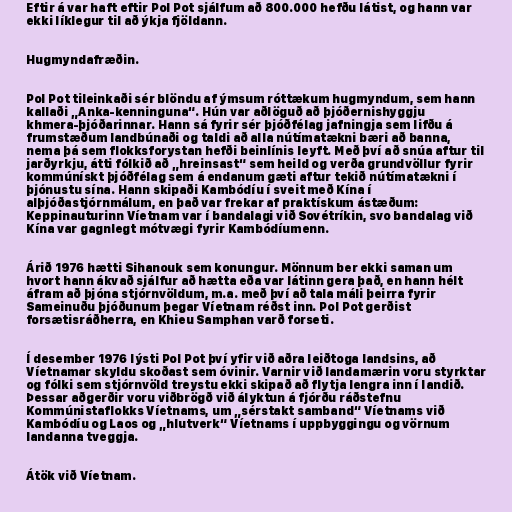
Eftir á var haft eftir Pol Pot sjálfum að 800.000 hefðu látist, og hann var
ekki líklegur til að ýkja fjöldann.

Hugmyndafræðin.

Pol Pot tileinkaði sér blöndu af ýmsum róttækum hugmyndum, sem hann
kallaði „Anka-kenninguna“. Hún var aðlöguð að þjóðernishyggju
khmera-þjóðarinnar. Hann sá fyrir sér þjóðfélag jafningja sem lifðu á
frumstæðum landbúnaði og taldi að alla nútímatækni bæri að banna,
nema þá sem flokksforystan hefði beinlínis leyft. Með því að snúa aftur til
jarðyrkju, átti fólkið að „hreinsast“ sem heild og verða grundvöllur fyrir
kommúnískt þjóðfélag sem á endanum gæti aftur tekið nútímatækni í
þjónustu sína. Hann skipaði Kambódíu í sveit með Kína í
alþjóðastjórnmálum, en það var frekar af praktískum ástæðum:
Keppinauturinn Víetnam var í bandalagi við Sovétríkin, svo bandalag við
Kína var gagnlegt mótvægi fyrir Kambódíumenn.

Árið 1976 hætti Sihanouk sem konungur. Mönnum ber ekki saman um
hvort hann ákvað sjálfur að hætta eða var látinn gera það, en hann hélt
áfram að þjóna stjórnvöldum, m.a. með því að tala máli þeirra fyrir
Sameinuðu þjóðunum þegar Víetnam réðst inn. Pol Pot gerðist
forsætisráðherra, en Khieu Samphan varð forseti.

Í desember 1976 lýsti Pol Pot því yfir við aðra leiðtoga landsins, að
Víetnamar skyldu skoðast sem óvinir. Varnir við landamærin voru styrktar
og fólki sem stjórnvöld treystu ekki skipað að flytja lengra inn í landið.
Þessar aðgerðir voru viðbrögð við ályktun á fjórðu ráðstefnu
Kommúnistaflokks Víetnams, um „sérstakt samband“ Víetnams við
Kambódíu og Laos og „hlutverk“ Víetnams í uppbyggingu og vörnum
landanna tveggja.

Átök við Víetnam.